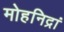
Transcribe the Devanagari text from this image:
मोहनिद्रां